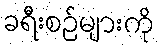
ခရီးစဉ်များကို